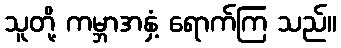
သူတို့ ကမ္ဘာအနှံ့ ရောက်ကြ သည်။